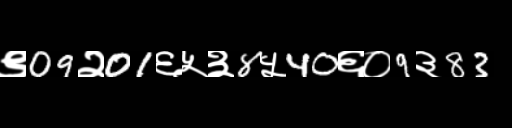
Text: ९09२01६५३8५40६०9३83